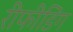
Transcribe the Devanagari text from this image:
रीफीडिंग